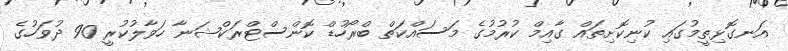
އަނގޮޅިތީމުގައި ކުނިކޮށިތައް ގާއިމް ކުރުމުގެ މަސައްކަތް ބްރޯހުޑް ކޮންސްޓްރަކްޝަނާ ހަވާލުކުރީ 90 ދުވަހުގެ